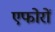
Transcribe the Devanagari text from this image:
एफोरों